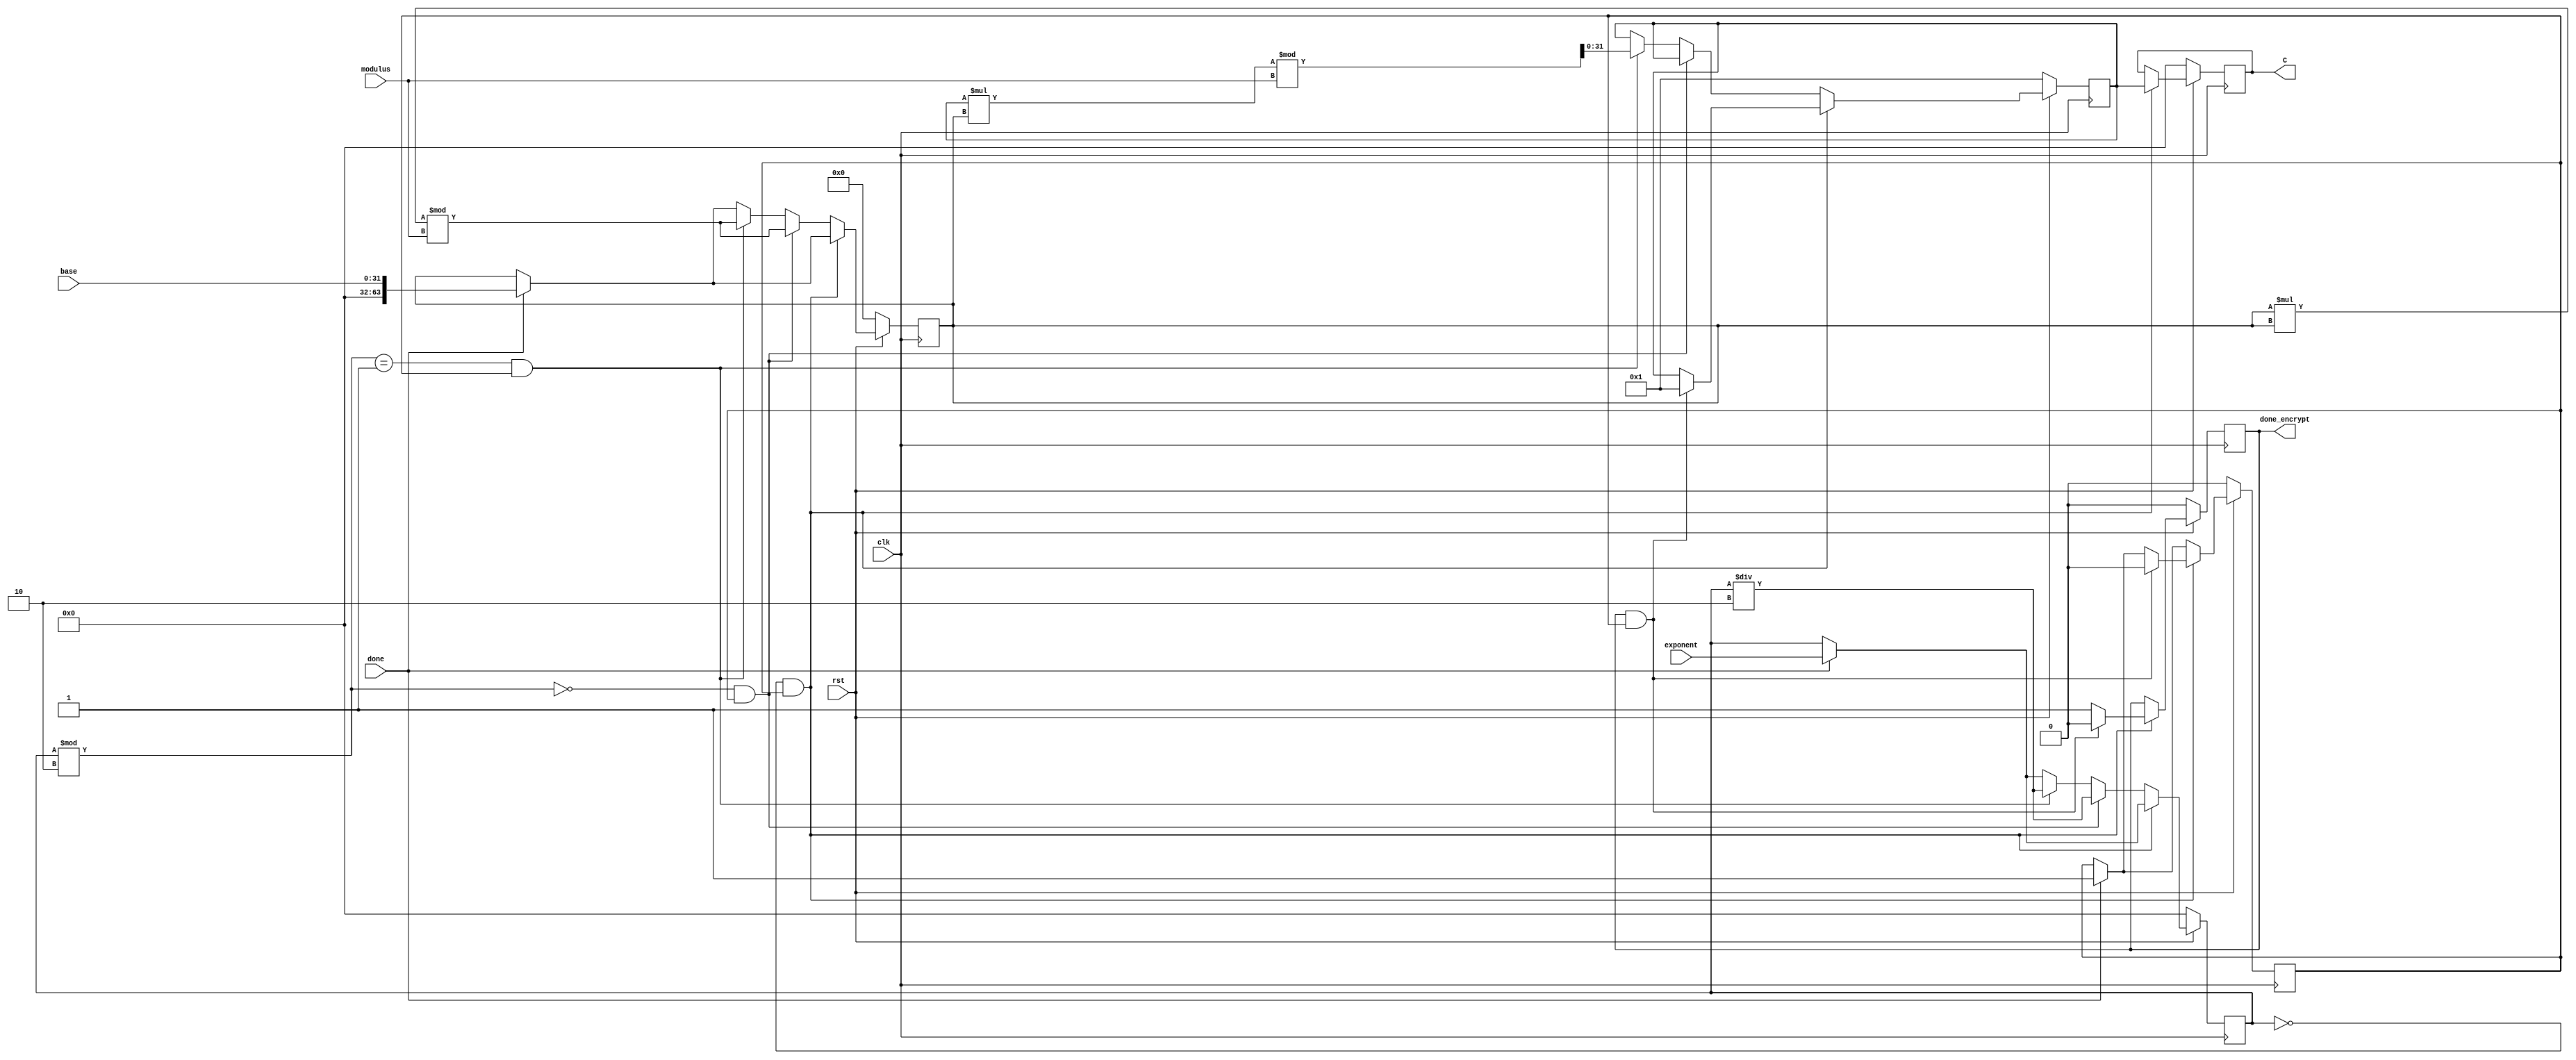
module pt_exp(base,exponent,modulus,clk,rst,C,done,done_encrypt);
input wire[31:0] base;
input wire[31:0]exponent;
input wire[31:0]modulus;
input clk;
input rst;
output [31:0] C;
input done;
output done_encrypt;

reg [31:0] C;
reg[31:0] Cint;
reg[63:0] baseint;
reg [31:0] exponentint;
reg [31:0] Caftmod;
//reg [5:0]count;
reg[31:0] rem;
reg done_encrypt;
reg beginsignal;

 
always @(posedge clk)
begin
	if(!rst)
	begin
		C<=32'h0000_0000;
		baseint<=0;
	//	count<=0;
		exponentint <= 0;
		 Cint <=32'h0000_0001;
	 	Caftmod<=32'h0000_0001;
	 	//count<=0;
		rem<=exponent%2;
		done_encrypt<=0;
		rem<=0;
		beginsignal<=0;


	end 
	else 
	begin
		if(done)
		begin
		baseint<=base;
		exponentint<=exponent;
		beginsignal<=1;
		rem<=exponent%2;
		beginsignal<=1;
		end

		
		if(!exponentint && beginsignal)
			begin
			C<=Caftmod;
			done_encrypt<=1;
			
		if(done_encrypt==1 && beginsignal)
		begin
			done_encrypt<=0;
			beginsignal<=0;
			Caftmod<=1;
		end

		end
		else

		begin
			rem<=exponentint%2;

			if(exponentint%2==0 && beginsignal)
			begin
				Cint<=Cint;
				Caftmod<=Caftmod;
				baseint<=(baseint*baseint)%modulus;
				exponentint<=exponentint/2;
				//count<=count+1;
			end
			else 
			begin	
				if(exponentint%2==1 && beginsignal)
				begin
					Caftmod<=(Caftmod*baseint)%modulus;
					baseint<=(baseint*baseint)%modulus;
					exponentint<=exponentint/2;
				//	count<=count+1;
				end
			end
		end
	end
end

endmodule